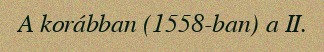
A korábban (1558-ban) a II.